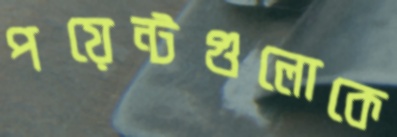
পয়েন্টগুলোকে